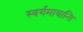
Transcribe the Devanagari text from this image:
स्वर्गमायान्ति